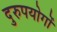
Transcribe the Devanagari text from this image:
दुरुपयोगों